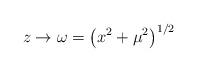
LaTeX: \begin{align*}z\rightarrow \omega =\left( x^{2}+ \mu ^{2}\right) ^{1/2}\end{align*}